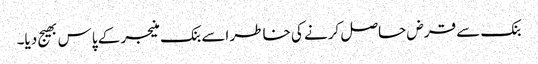
بنک سے قرض حاصل کرنے کی خاطر اسے بنک منیجر کے پاس بھیج دیا۔